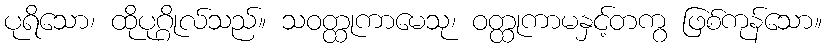
ပုရိသော၊ ထိုပုဂ္ဂိုလ်သည်။ သဝတ္ထုကာမေသု၊ ဝတ္ထုကာမနှင့်တကွ ဖြစ်ကုန်သော။